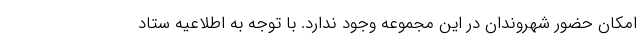
امکان حضور شهروندان در این مجموعه وجود ندارد. با توجه به اطلاعیه ستاد